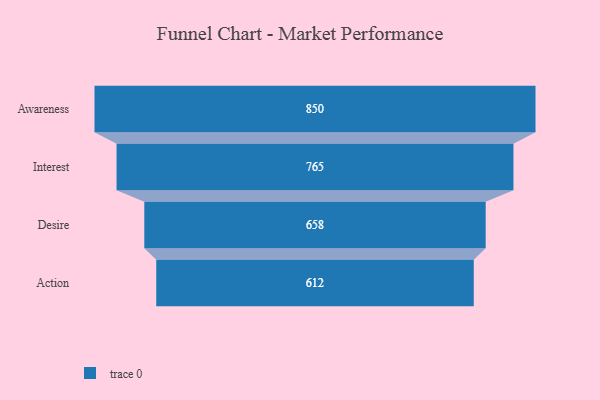
{"axis": {"x": "Stage", "y": "Value"}, "legend": [""], "data": [{"x": "Awareness", "y": 850.0, "type": ""}, {"x": "Interest", "y": 765.0, "type": ""}, {"x": "Desire", "y": 658.0, "type": ""}, {"x": "Action", "y": 612.0, "type": ""}]}